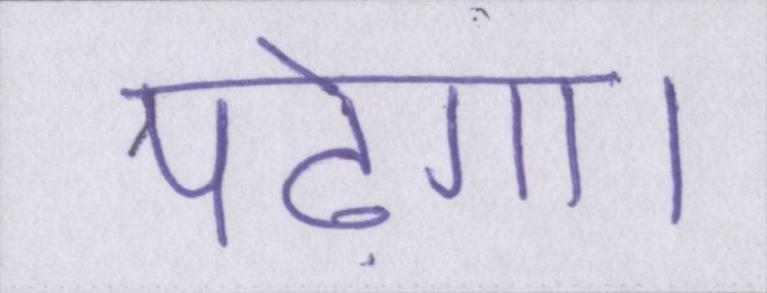
पढ़ेगा।